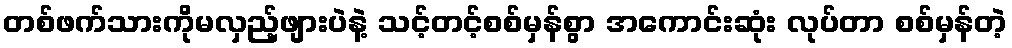
တစ်ဖက်သားကိုမလှည့်ဖျားပဲနဲ့ သင့်တင့်စစ်မှန်စွာ အကောင်းဆုံး လုပ်တာ စစ်မှန်တဲ့